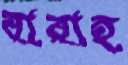
বারাহ